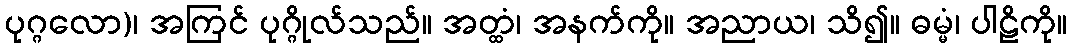
ပုဂ္ဂလော)၊ အကြင် ပုဂ္ဂိုလ်သည်။ အတ္ထံ၊ အနက်ကို။ အညာယ၊ သိ၍။ ဓမ္မံ၊ ပါဠိကို။